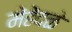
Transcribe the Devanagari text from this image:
मेंहेंदळे